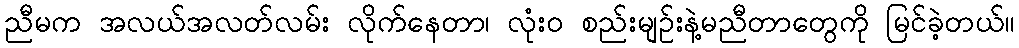
ညီမက အလယ်အလတ်လမ်း လိုက်နေတာ၊ လုံးဝ စည်းမျဉ်းနဲ့မညီတာတွေကို မြင်ခဲ့တယ်။